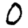
Digit: 0